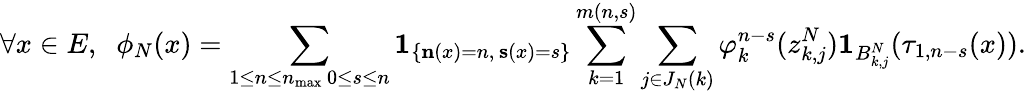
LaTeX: \forall x\in E,\; \; \phi_{N}(x)=\sum_{\substack{1\leq n\leq n_{\operatorname*{max}}\, 0\leq s\leq n}}\mathbf{1}_{\left\{ \mathbf{n}(x)=n,\, \mathbf{s}(x)=s\right\} }\sum_{k=1}^{m(n,s)}\sum_{j\in J_{N}(k)}\varphi_{k}^{n-s}(z_{k,j}^{N})\mathbf{1}_{B_{k,j}^{N}}(\tau_{1,n-s}(x)).